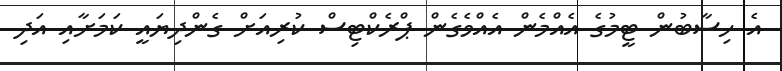
އެ ހިސާބުން ޓީމުގެ އެއްމެން އެއްވެގެން ޕްރެކްޓިސް ކުރިއަށް ގެންދިޔައީ ކަމަށާއި އަދި